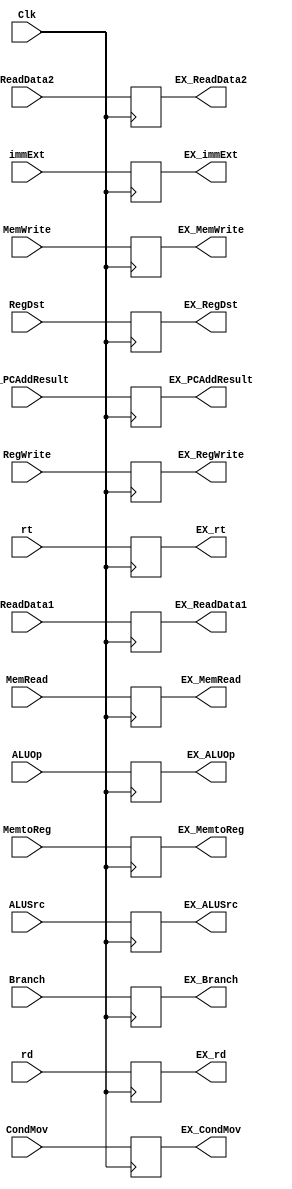
`timescale 1ns / 1ps

module IDEX_reg(
	/* inputs */ Clk, ReadData1, ReadData2, immExt, rt, rd, ID_PCAddResult,
				 RegDst, Branch, MemRead, MemtoReg, ALUOp, MemWrite, ALUSrc, RegWrite, /*Jump,*/ CondMov,

	/* outputs */ EX_ReadData1, EX_ReadData2, EX_immExt, EX_rt, EX_rd, EX_PCAddResult,
				 EX_RegDst, EX_Branch, EX_MemRead, EX_MemtoReg, EX_ALUOp, EX_MemWrite, 
				 EX_ALUSrc, EX_RegWrite, /*EX_Jump,*/ EX_CondMov
			   );

input Clk;
input wire [31:0] ReadData1, ReadData2, immExt, ID_PCAddResult;
input wire [4:0] rt, rd;
input wire [3:0] ALUOp;
input RegDst, Branch, MemRead, MemtoReg, MemWrite, ALUSrc, RegWrite, /*Jump,*/ CondMov; 

output reg [31:0] EX_ReadData1, EX_ReadData2, EX_immExt, EX_PCAddResult;
output reg [4:0] EX_rt, EX_rd;
output reg [3:0] EX_ALUOp;
output reg EX_RegDst, EX_Branch, EX_MemRead, EX_MemtoReg, EX_MemWrite, EX_ALUSrc, EX_RegWrite, /*EX_Jump,*/ EX_CondMov;

always @(posedge Clk) begin
	EX_ReadData1 <= ReadData1;
	EX_ReadData2 <= ReadData2;
	EX_immExt <= immExt;
	EX_PCAddResult <= ID_PCAddResult;
	EX_rt <= rt;
	EX_rd <= rd;
	EX_ALUOp <= ALUOp;

	EX_RegDst <= RegDst;
	EX_Branch <= Branch;
	EX_MemRead <= MemRead;
	EX_MemtoReg <= MemtoReg;
	EX_MemWrite <= MemWrite;
	EX_ALUSrc <= ALUSrc;
	EX_RegWrite <= RegWrite;
	//EX_Jump <= Jump;
	EX_CondMov <= CondMov;
end
endmodule